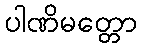
ပါဏိမတ္တော